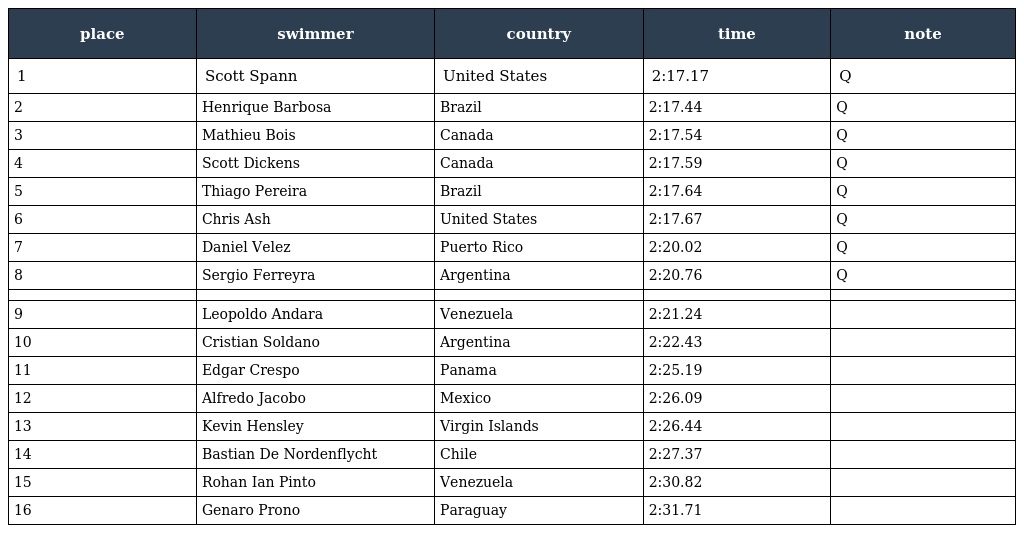
| place | swimmer | country | time | note |
 | --- | --- | --- | --- | --- |
 | 1 | Scott Spann | United States | 2:17.17 | Q |
 | 2 | Henrique Barbosa | Brazil | 2:17.44 | Q |
 | 3 | Mathieu Bois | Canada | 2:17.54 | Q |
 | 4 | Scott Dickens | Canada | 2:17.59 | Q |
 | 5 | Thiago Pereira | Brazil | 2:17.64 | Q |
 | 6 | Chris Ash | United States | 2:17.67 | Q |
 | 7 | Daniel Velez | Puerto Rico | 2:20.02 | Q |
 | 8 | Sergio Ferreyra | Argentina | 2:20.76 | Q |
 |  |  |  |  |  |
 | 9 | Leopoldo Andara | Venezuela | 2:21.24 |  |
 | 10 | Cristian Soldano | Argentina | 2:22.43 |  |
 | 11 | Edgar Crespo | Panama | 2:25.19 |  |
 | 12 | Alfredo Jacobo | Mexico | 2:26.09 |  |
 | 13 | Kevin Hensley | Virgin Islands | 2:26.44 |  |
 | 14 | Bastian De Nordenflycht | Chile | 2:27.37 |  |
 | 15 | Rohan Ian Pinto | Venezuela | 2:30.82 |  |
 | 16 | Genaro Prono | Paraguay | 2:31.71 |  |